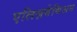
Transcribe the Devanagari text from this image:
एलिज़बेथिअन